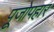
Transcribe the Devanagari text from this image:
पूजोपहार